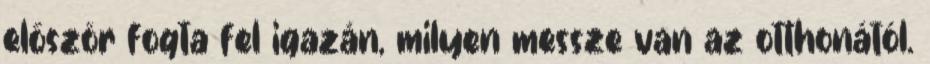
először fogta fel igazán, milyen messze van az otthonától.